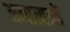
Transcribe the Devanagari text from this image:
अमात्यानें